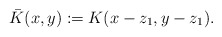
\begin{align*} \bar{K}(x,y):= K(x-z_{1},y-z_{1}). \end{align*}